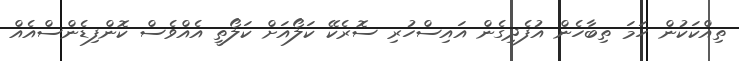
ތިއްކަކުން ހަމަ ތިބާހެން އުފެދިގެން އައިސްހުރި ސޮރެކޭ ކަލޯއަށް ކަލޯތީ އެއްވެސް ކޮންފިޑެންސްއެއް